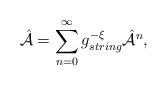
LaTeX: \begin{align*}{\hat {\cal A}}=\sum_{n=0}^{\infty} g_{string}^{-{\cal \xi}} {\hat {\cal A}}^n,\end{align*}